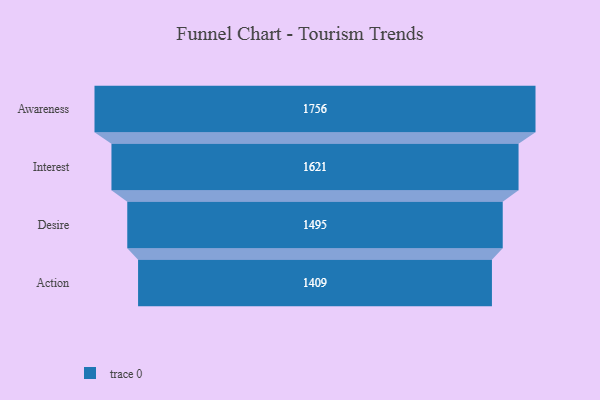
{"axis": {"x": "Stage", "y": "Value"}, "legend": [""], "data": [{"x": "Awareness", "y": 1756.0, "type": ""}, {"x": "Interest", "y": 1621.0, "type": ""}, {"x": "Desire", "y": 1495.0, "type": ""}, {"x": "Action", "y": 1409.0, "type": ""}]}